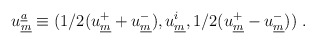
\begin{align*}u_{\underline{m}} ^{\underline{a}} \equiv (1/2(u_{\underline{m}}^{+}+ u_{\underline{m}}^{-}), u_{\underline{m}}^i, 1/2 (u_{\underline{m}}^{+} - u_{\underline{m}}^{-}))\; .\end{align*}